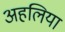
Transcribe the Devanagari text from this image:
अहलिया